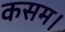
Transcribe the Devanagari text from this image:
कसम।